Annual report on the lock hospitals of the Madras Presidency
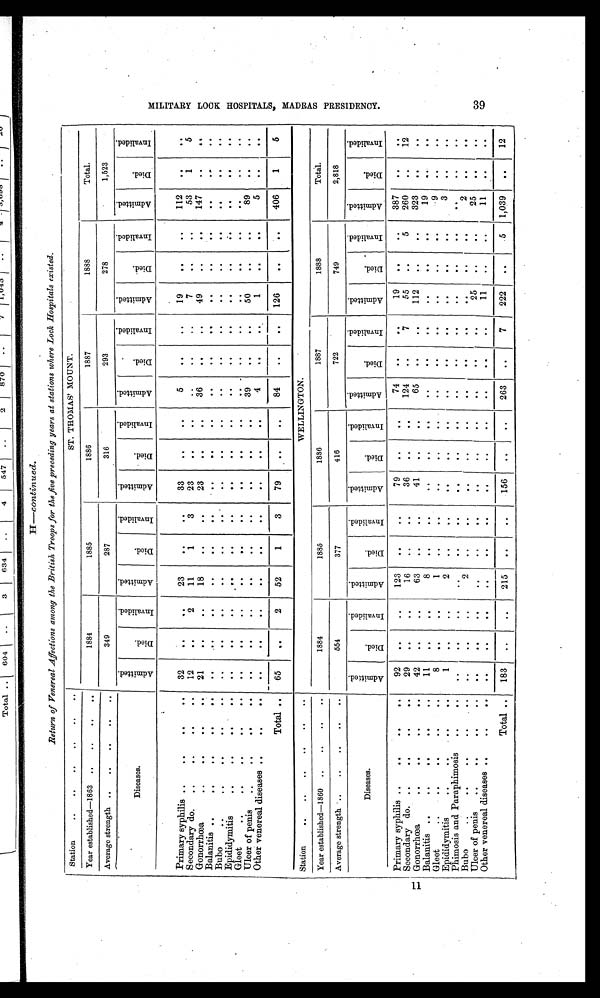
Return of Venereal Affections among the British Troops for the five preceding years at stations where Lock Hospitals existed.
Station
..
. .
. .
. .
.
. .
ST. THOMAS MOUNT.
Year established—1863 ..
..
..
. .
1884
1885
1886
1887
1888
Total.
Average strength ..
. . . .
..
349
287
316
293
278
1,523
Diseases.
A d m i t t e d .
D i e d .
I n v a l i d e d .
A d m i t t e d .
D i e d .
I n v a l i d e d .
A d m i t t e d .
D i e d .
I n v a l i d e d .
A d m i t t e d .
D i e d .
I n v a l i d e d .
A d m i t t e d .
D i e d .
I n v a l i d e d .
A d m i t t e d .
D i e d .
I n v a l i d e d .
Primary syphilis ..
. . . .
. . 32
. .
. .
23
. .
. .
33
..
. .
5
. .
..
19
. .
. .
112
. .
. .
Secondary do.
. . . . . .
. . 12
. .
2
11
1
3
23
. .
. .
..
. .
..
7
. .
. .
53
1
5
Gonorrhœa . . . .. ..
. . 21
. .
. .
18
. .
. .
23
. . .
. . .
36
. .
. .
49
..
. .
147
. .
. .
Balanitis . .
. . . . . .
. .
. . . .
. .
. .
. .
. .
..
. .
..
..
. .
..
..
. .
. .
. .
. .
. .
Bubo
. . .. . . . .
. .
. .
. .
. .
. .
. .
. .
. .
. .
..
..
. .
..
. .
. .
. .
. .
. .
. .
Epididymitis
.. ... ... .
. .
. .
. .
. .
. .
. .
. .
. .
. .
..
. .
..
. .
. .
. .
. .
. .
. .
Gleet .. ... ....
. . . .
. .
. .
. .
. .
. .
. .
. .
. .
. .
. .
...
. .
. .
. .
. . .
.
. .
. .
. .
. .
Ulcer of penis
. . . .
. .
. .
. .
. .
. .
. .
. .
. .
. .
. .
39
..
..
50
. .
. .
89
. .
. .
Other venereal diseases .
. .
. .
. .
. .
. .
. .
. .
. .
. .
. .
. .
4
. .
. .
1
. .
. .
5
. .
..
Total ..
6 5
. .
2
52
1
3
79
. .
. .
84
. .
..
126
. .
. .
406
1
5
Station
..
. . .. . ..
..
WELLINGTON.
Year established—1860 ..
..
..
. .
1884
1885
1886
1887
1888
Total.
Average strength ..
..
..
..
..
554
377
416
722
749
2,818
Diseases.
A d m i t t e d .
D i e d .
I n v a l i d e d .
A d m i t t e d .
D i e d .
I n v a l i d e d .
A d m i t t e d .
D i e d .
I n v a l i d e d .
A d m i t t e d .
D i e d .
I n v a l i d e d .
A d m i t t e d .
Died.
I n v a l i d e d .
A d m i t t e d .
D i e d .
I n v a l i d e d .
Primary syphilis ..
. . . .
. . 92
..
..
123
. .
. .
79
. .
. .
74
. .
. .
19
. .
. .
387
..
. .
Secondary do. . .
. . . .
. . 29
. .
. .
16
. .
. .
36
. .
. .
124
. .
7
55
. .
5
260
. .
12
Gonorrhœa
. . . . . .
. . 42
. .
. .
63
. .
. .
41
. .
. .
65
. .
..
112
..
..
323
. .
. .
Balanitis ..
. . . . . .
. . 11
. .
. .
8
. .
. .
. .
. .
. .
..
. .
..
. .
. .
. .
19
. .
. .
Gleet
. . . . . . . .
. .
8
. .
. .
1
. .
. .
. .
. .
. .
. .
. .
. .
. .
. .
. .
9
. .
. .
Epididymitis ... ..
. .
1
. .
. .
2
..
. .
. .
. .
. .
..
. . .
. . . .
. .
. .
. .
3
. .
.
.
Phimosis and Paraphimosis
. .
. .
. .
. .
. .
. .
. .
. .
. .
..
. .
. .
. .
. .
. .
. .
. .
. .
. .
. .
Bubo..
. . . .
. .
. .
. .
. .
2
. .
. .
. .
. .
. .
..
. .
..
. .
. .
. .
2
. .
. .
Ulcer of penis
.....
. .
. .
. .
. .
. .
. .
. .
. .
. .
. .
. .
. .
. .
. .
25
. .
. .
25
. .
. .
Other venereal diseases ..
. .
. .
. .
. .
. .
. .
..
. .
. .
. .
. .
. .
. .
. .
11
. .
. .
11
. .
. .
Total ..
183
..
. .
215
. .
. .
156
. .
. .
263
. .
7
222
. .
5
1,039
. .
12
M I L I T A R Y L O C K H O S P I T A L S , M A D R A S P R E S I D E N C Y . 3 9